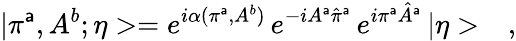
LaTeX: |\pi^{\mathsf{a}},A^{b};\eta>=e^{i\alpha(\pi^{\mathsf{a}},A^{b})}\, e^{-iA^{\mathsf{a}}\hat{{\pi}}^{\mathsf{a}}}\, e^{i\pi^{\mathsf{a}}\hat{{A}}^{\mathsf{a}}}\, |\eta>\ \ \ ,